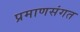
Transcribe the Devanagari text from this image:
प्रमाणसंगत